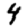
Digit: 4